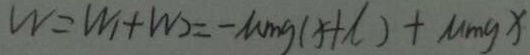
W = W _ { 1 } + W _ { 2 } = - \mu m g ( x + \lambda ) + \mu m g x